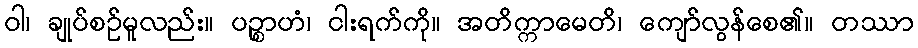
ဝါ၊ ချုပ်စဉ်မူလည်း။ ပဉ္စာဟံ၊ ငါးရက်ကို။ အတိက္ကာမေတိ၊ ကျော်လွန်စေ၏။ တဿာ